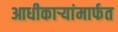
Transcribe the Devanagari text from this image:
आधीकार्‍यांमार्फत